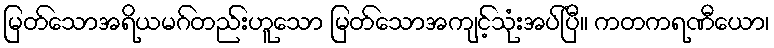
မြတ်သောအရိယမဂ်တည်းဟူသော မြတ်သောအကျင့်သုံးအပ်ပြီ။ ကတကရဏီယော၊